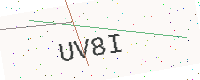
Text: UV8I